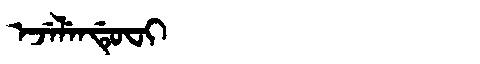
Manchu: ᡝᠵᡝᠯᡝᠨᡩᡠᠸᡳ
Romanization: EJELENDUFI